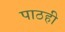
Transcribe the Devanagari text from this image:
पाठही